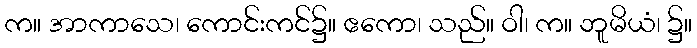
က။ အာကာသေ၊ ကောင်းကင်၌။ ဧကော၊ သည်။ ဝါ၊ က။ ဘူမိယံ၊ ၌။